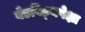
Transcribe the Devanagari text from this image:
बँडविड्थपेक्षा